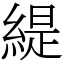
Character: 緹